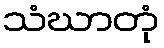
သံဃာတုံ